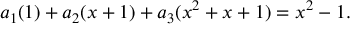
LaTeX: a _ { 1 } ( 1 ) + a _ { 2 } ( x + 1 ) + a _ { 3 } ( x ^ { 2 } + x + 1 ) = x ^ { 2 } - 1 .